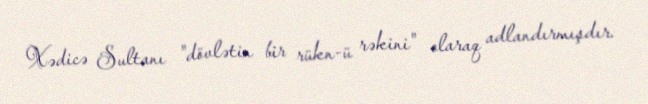
Xədicə Sultanı "dövlətin bir rükn-ü rəkini" olaraq adlandırmışdır.